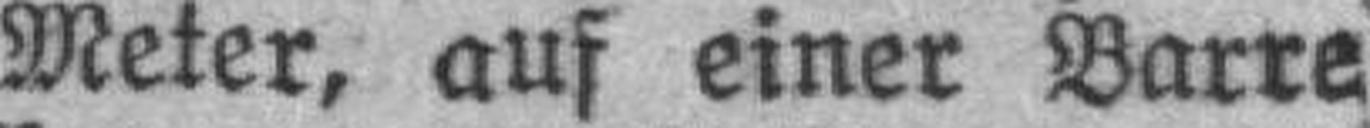
Meter, auf einer Barre